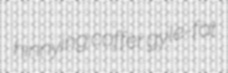
hinnying coffer gyle-fat